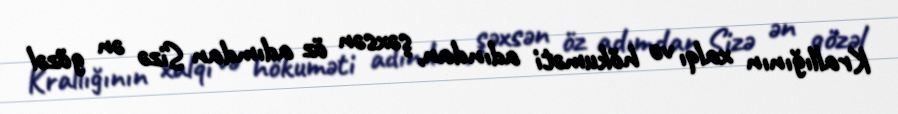
Krallığının xalqı və hökuməti adından, şəxsən öz adımdan Sizə ən gözəl